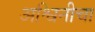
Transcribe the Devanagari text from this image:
अश्विनीचा